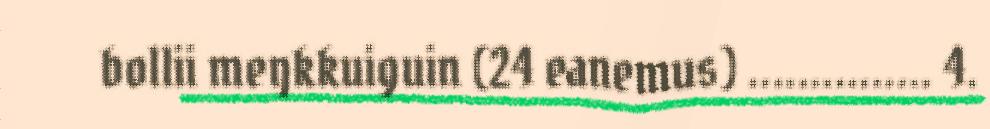
bollii meŋkkuiguin (24 eanemus) ............... 4.